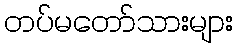
တပ်မတော်သားများ